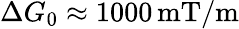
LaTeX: \Delta G_{0}\approx 1000\, \mathrm{mT/m}